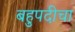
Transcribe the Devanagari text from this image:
बहुपदीचा